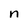
Character: n